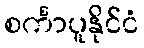
စင်္ကာပူနိုင်ငံ